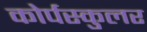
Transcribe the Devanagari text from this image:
कोर्पस्कुलर